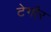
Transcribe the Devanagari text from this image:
टेगौर